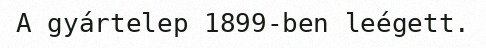
A gyártelep 1899-ben leégett.